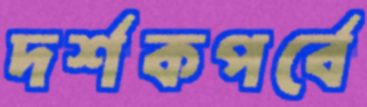
দর্শকপর্বে